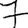
Digit: 7